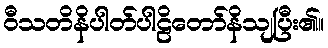
ဝီသတိနိပါတ်ပါဠိတော်နိသျပြီး၏။